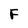
Character: F